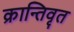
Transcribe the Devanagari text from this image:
क्रान्तिवृत